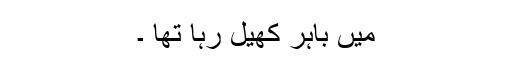
میں باہر کھیل رہا تھا ۔